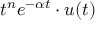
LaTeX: t ^ { n } e ^ { - \alpha t } \cdot u ( t )